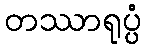
တဿာရုပ္ပံ